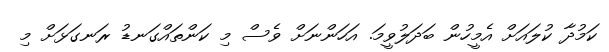
ކަމުދާ ކުލައަށް އެމީހުން ބަދަލުވީމަ. އަހަންނަށް ވެސް މި ކަންތައްގަނޑު ރަނގަޅަށް މި